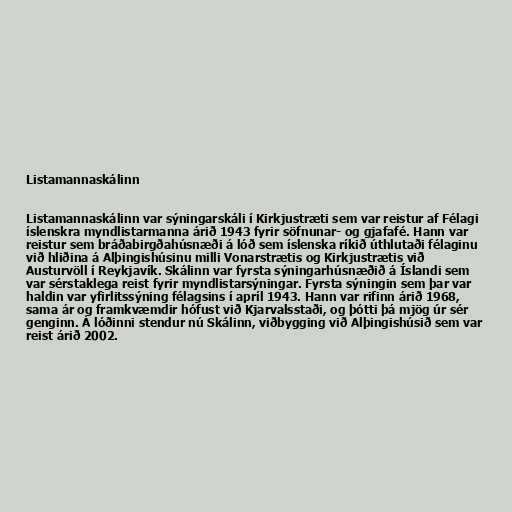
Listamannaskálinn

Listamannaskálinn var sýningarskáli í Kirkjustræti sem var reistur af Félagi
íslenskra myndlistarmanna árið 1943 fyrir söfnunar- og gjafafé. Hann var
reistur sem bráðabirgðahúsnæði á lóð sem íslenska ríkið úthlutaði félaginu
við hliðina á Alþingishúsinu milli Vonarstrætis og Kirkjustrætis við
Austurvöll í Reykjavík. Skálinn var fyrsta sýningarhúsnæðið á Íslandi sem
var sérstaklega reist fyrir myndlistarsýningar. Fyrsta sýningin sem þar var
haldin var yfirlitssýning félagsins í apríl 1943. Hann var rifinn árið 1968,
sama ár og framkvæmdir hófust við Kjarvalsstaði, og þótti þá mjög úr sér
genginn. Á lóðinni stendur nú Skálinn, viðbygging við Alþingishúsið sem var
reist árið 2002.